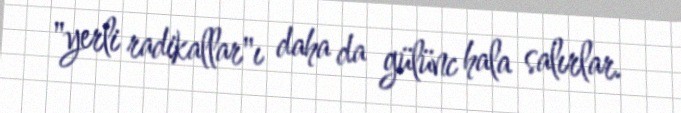
"yerli radikallar"ı daha da gülünc hala salırlar.